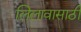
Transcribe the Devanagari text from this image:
लिलावासाठी